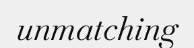
unmatching